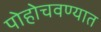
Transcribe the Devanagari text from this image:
पोहोचवण्यात